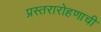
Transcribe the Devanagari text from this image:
प्रस्तरारोहणाची